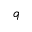
q